画像に写った文字を読んでください
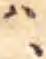
「ハ、」と書いてあります